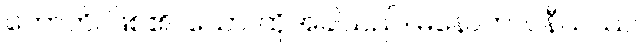
ဟောတိ၊ ဖြစ်၏။ သော၊ ထိုအခါသည်။ မနောဘာဝနီယဿ၊